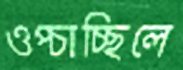
ওপ্‌চাচ্ছিলে